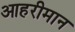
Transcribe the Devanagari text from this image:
आहरीमान